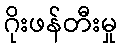
ဂိုးဖန်တီးမှု